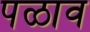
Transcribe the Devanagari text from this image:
पळाव